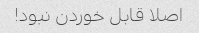
اصلا قابل خوردن نبود!